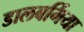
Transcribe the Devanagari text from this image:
डालबर्गिया